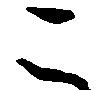
こ